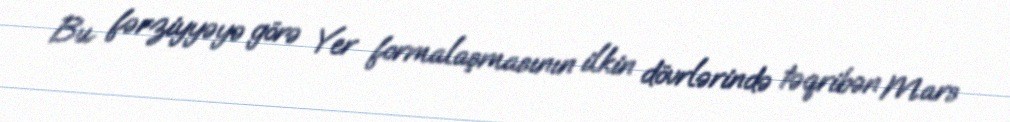
Bu fərziyyəyə görə Yer formalaşmasının ilkin dövrlərində təqribən Mars